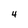
Character: 4